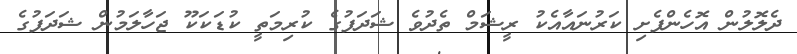
ދެލޮލުން އޮހެންފެށި ކަރުނައާއެކު ރީޝަމް ތެދުވެ ޝަދަފުގެ ކުރިމަތީ ކުޑަކަކޫ ޖަހާލަމުން ޝަދަފުގެ